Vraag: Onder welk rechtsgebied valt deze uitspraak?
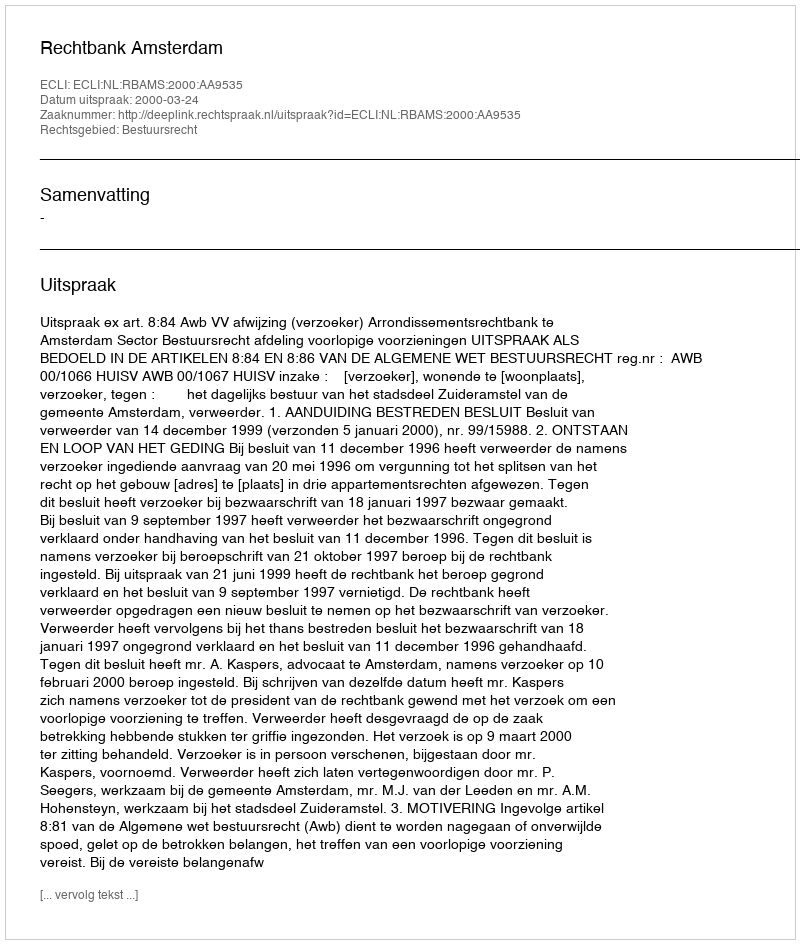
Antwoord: Bestuursrecht